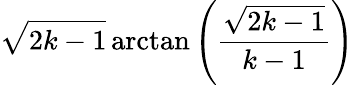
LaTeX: {\sqrt{2k-1}}\arctan\left({\frac{\sqrt{2k-1}}{k-1}}\right)